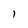
Character: I